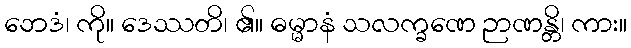
ဘေဒံ၊ ကို။ ဒေဿတိ၊ ၏။ ဓမ္မာနံ သလက္ခဏေ ဉာဏန္တိ၊ ကား။